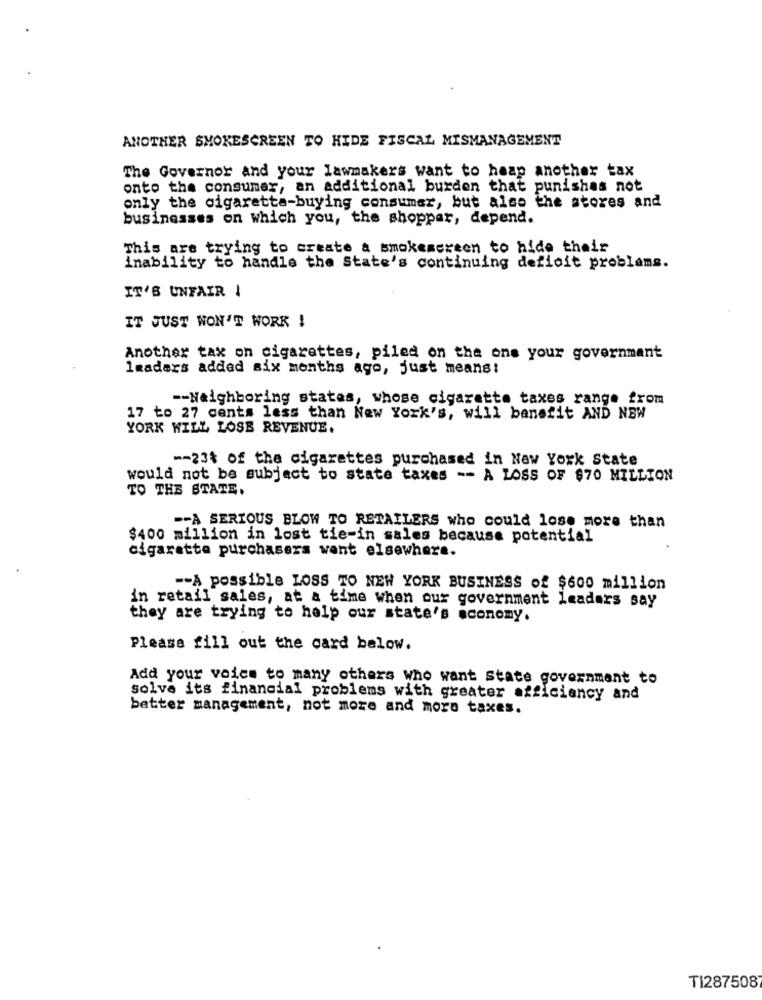
ANOTHER SMOKESCREEN TO HIDE FISCAL MISMANAGEMENT
The Governor and your lawmakers want to heap another tax
onto the consumer, an additional burden that punishes not
only the cigaretta-buying consumer, but also the stores and
businesses on which you, the shoppar, depend.
This are trying to create a smokescreen to hide their
inability to handle the State's continuing deficit problems.
IT'S UNFAIR !
IT JUST WON'T WORK !
Another tax on cigarettes, piled on the ons your government
lmaders added six months ago, just means!
-- Neighboring states, whose cigarette taxes range from
17 to 27 cents less than New York's, will benefit AND NEW
YORK HILL LOSE REVENUE.
-- 23% of the cigarettes purchased in New York State
would not be subject to state taxes -- A LOSS OF $70 MILLION
TO THE STATE.
-- A SERIOUS BLOW TO RETAILERS who could lose more than
$400 million in lost tie-in sales because potential
cigarette purchasers want elsewhere.
-- A possible LOSS TO NEW YORK BUSINESS of $600 million
in retail sales, at a time when our government leaders say
they are trying to help our state's economy.
Please fill out the card below.
Add your voice to many others who want State government to
solve its financial problems with greater efficiency and
better management, not more and more taxes.
TI2875087